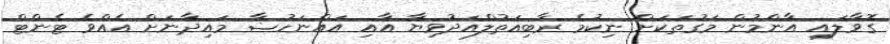
ގޮވާލައި އާންމުން މަގުތަކަށް ނިކުމެ ރާބިއަތުލްއަދުވިޔާ އާއި އައްނަހުޟާ މައިދާނަށް އެއްވެ ޓެންޓް